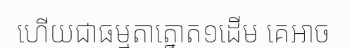
ហើយជាធម្មតាត្នោត១ដើម គេអាច